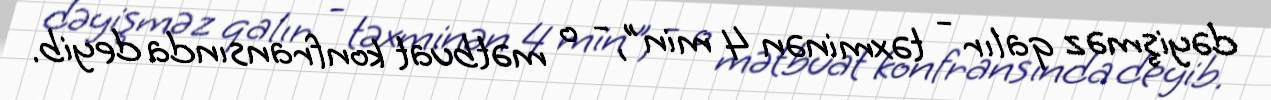
dəyişməz qalır - təxminən 4 min", - o mətbuat konfransında deyib.